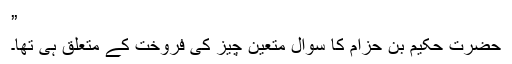
”
حضرت حکیم بن حزام ؓکا سوال متعین چیز کی فروخت کے متعلق ہی تھا۔